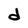
Character: d